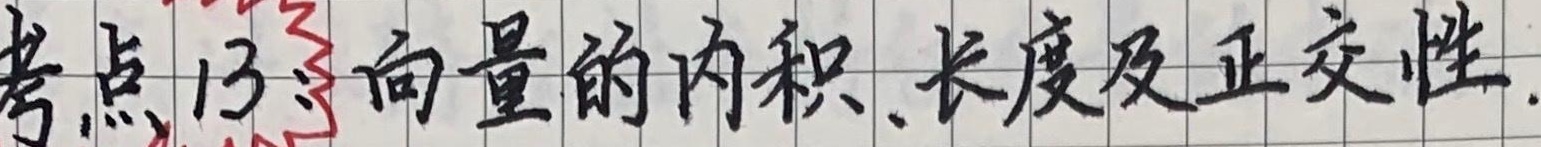
考点13：向量的内积、长度及正交性.